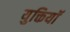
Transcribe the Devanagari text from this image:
युक्तियॉ